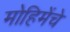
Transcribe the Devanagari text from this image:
मोहिमेंचे